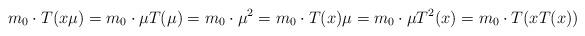
LaTeX: \begin{align*}m_0\cdot T(x\mu)=m_0\cdot \mu T(\mu)=m_0\cdot \mu^2=m_0\cdot T(x)\mu=m_0\cdot \mu T^2(x)=m_0\cdot T(xT(x))\end{align*}